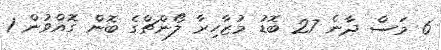
6 މަސް ދާނެ 27 ބޮޑު މުޒާހިރާ ލޯންޗްގެ ބޮން ގޮއްވުން 1